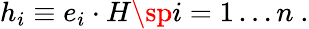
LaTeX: h_{i}\equiv e_{i}\cdot H\sp i=1\ldots n\ .